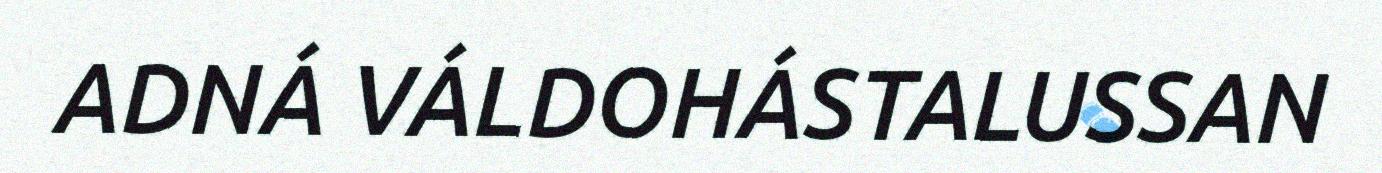
ADNÁ VÁLDOHÁSTALUSSAN